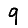
Digit: 9